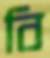
বি